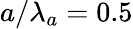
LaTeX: a/\lambda_{a}=0.5